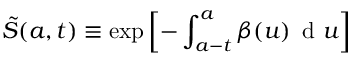
\tilde { S } ( a , t ) \equiv \exp \left[ - \int _ { a - t } ^ { a } { \beta ( u ) \, \mathrm { ~ d ~ } u } \right]